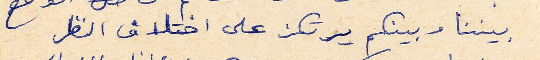
بيننا وبينكم يرتكز على اختلاف النظر